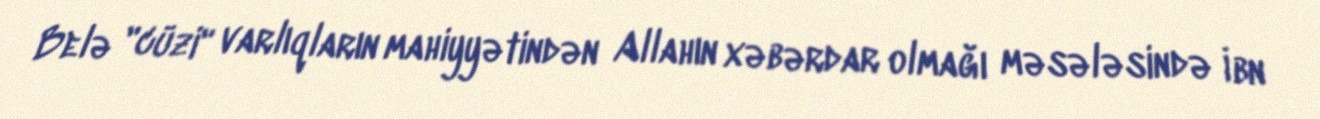
Belə "cüzi" varlıqların mahiyyətindən Allahın xəbərdar olmağı məsələsində İbn